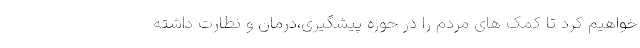
خواهیم کرد تا کمک های مردم را در حوزه پیشگیری،درمان و نظارت داشته